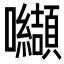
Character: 𭍋